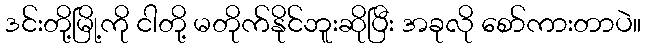
ဒင်းတို့မြို့ကို ငါတို့ မတိုက်နိုင်ဘူးဆိုပြီး အခုလို စော်ကားတာပဲ။